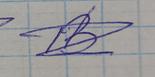
Signature authenticity: forged